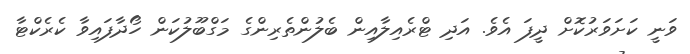
ވަނީ ކަށަވަރުކޮށް ދީފަ އެވެ. އަދި ޓްރެއިލާއިން ބެލުންތެރިންގެ މަގްބޫލުކަން ހޯދާފައިވާ ކެރެކްޓާ